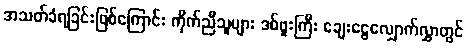
အသတ်ခံရခြင်းဖြစ်ကြောင်း ကိုက်ညီသူများ ဒစ်ဖူးကြီး ချေးငွေလျှောက်လွှာတွင်